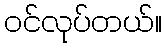
ဝင်လုပ်တယ်။